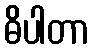
ဓိပါတာ